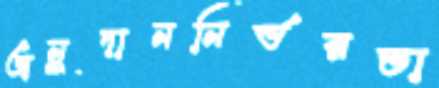
অনুদাননির্ভরতা